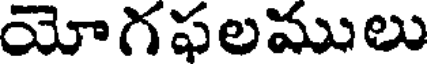
యోగఫలములు